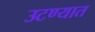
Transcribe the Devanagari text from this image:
उटण्यात